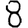
Digit: 8